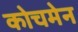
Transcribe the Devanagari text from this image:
कोचमेन